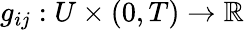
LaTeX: g_{ij}:U\times(0,T)\to\mathbb{R}